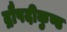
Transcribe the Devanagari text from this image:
द्रौपदीकुण्ड